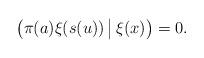
LaTeX: \begin{align*}\big(\pi(a)\xi(s(u)) \,\big| \,\xi(x)\big)=0.\end{align*}